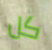
كل